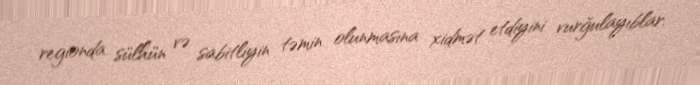
regionda sülhün və sabitliyin təmin olunmasına xidmət etdiyini vurğulayıblar.